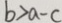
b > a - c